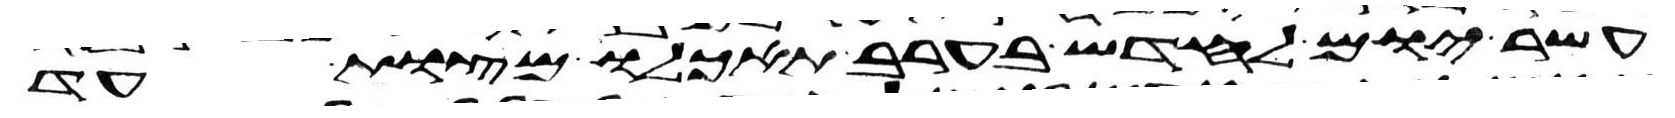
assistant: עשר יום לחדש בערב תאכלו מצות עד